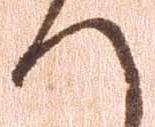
へ